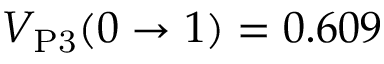
V _ { \mathrm { P 3 } } ( 0 \to 1 ) = 0 . 6 0 9